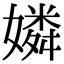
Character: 嫾